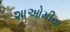
શાઓમીના